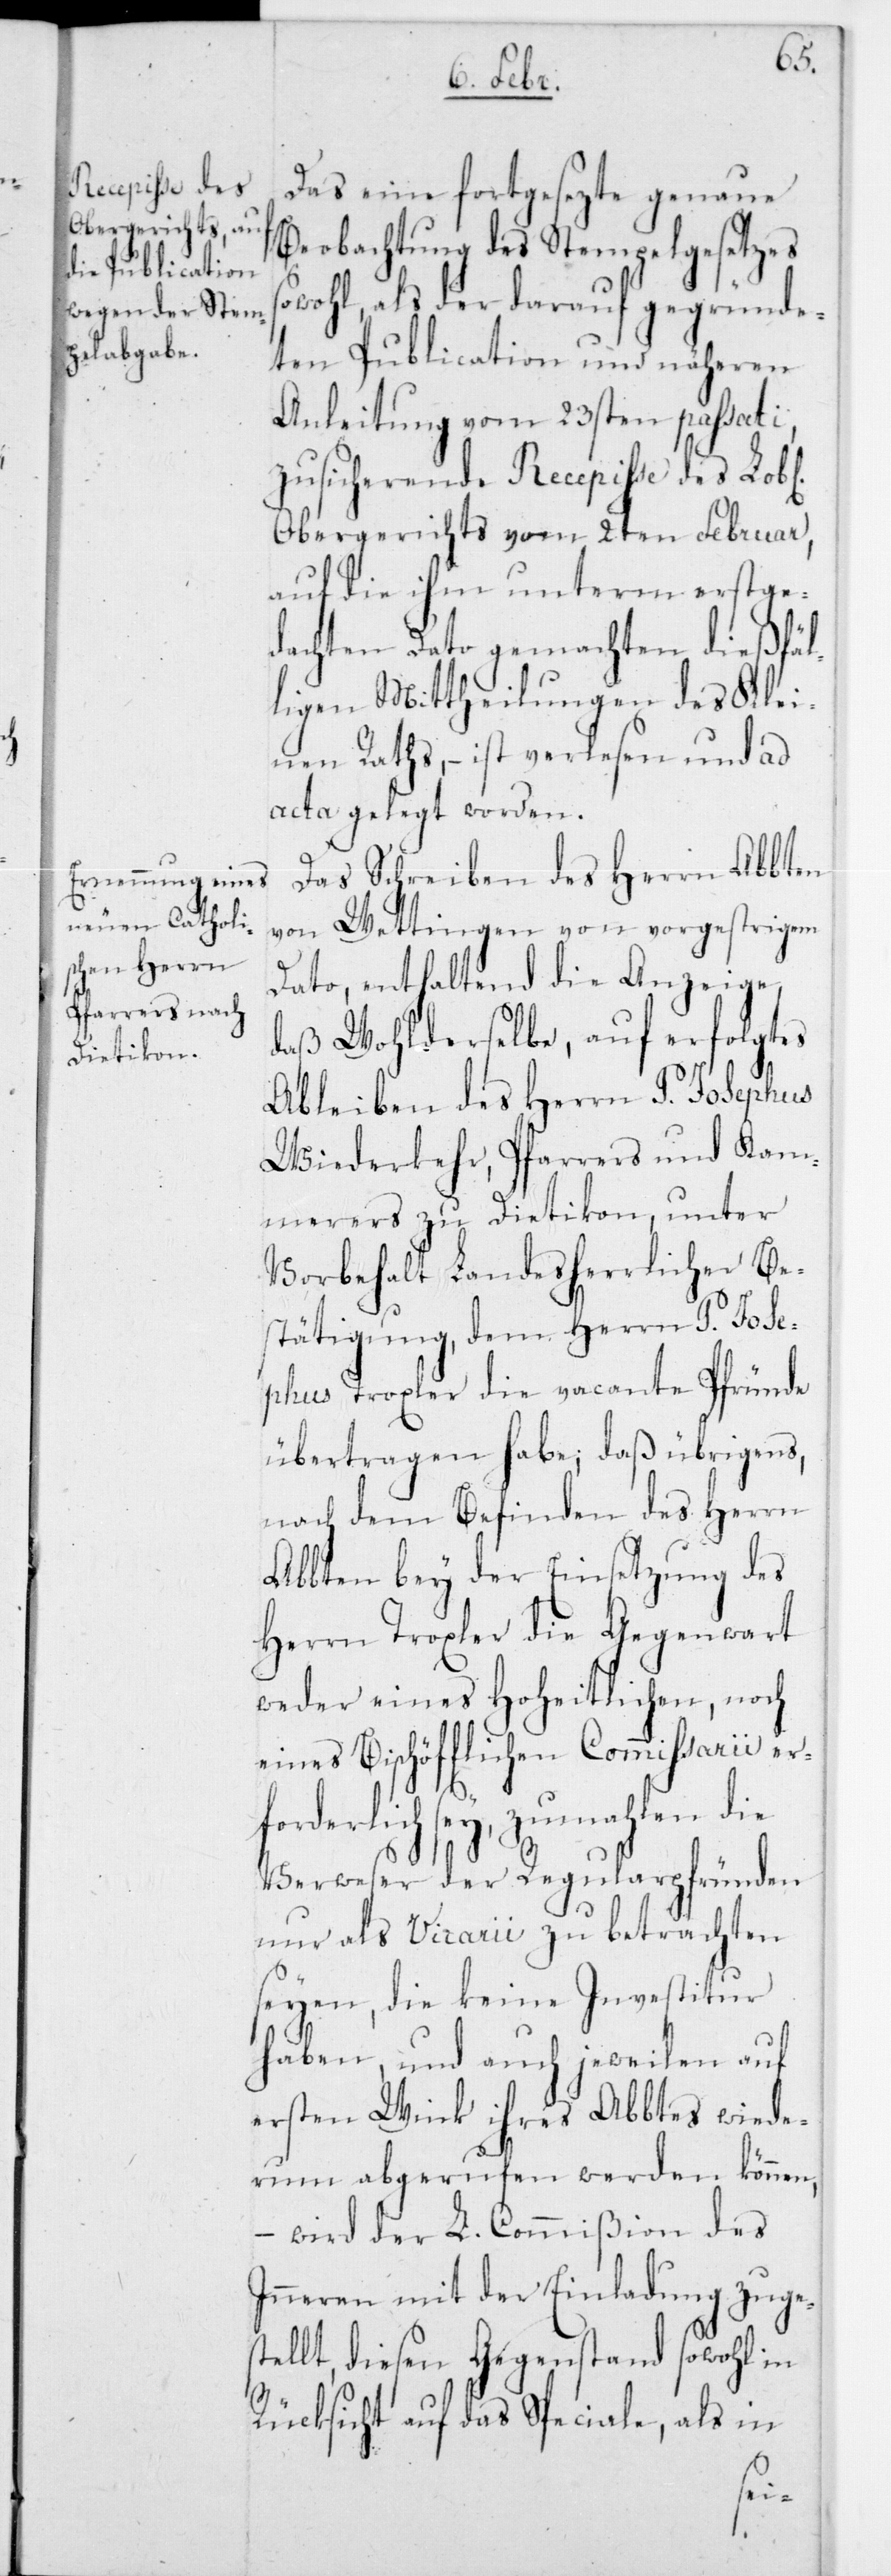
Das eine fortgesezte genaue
Beobachtung des Stempelgesetzes
wohl, als der darauf gegründe¬
ten Publication und näheren
Anleitung vom 23sten passati,
zusicherende Recepiße des Lobl.
Obergerichts vom 2ten Februar,
auf die ihm unterm erstge¬
dachten Dato gemachten dießfäl¬
ligen Mittheilungen des Klei¬
nen Raths, – ist verlesen und ad
acta gelegt worden.
Das Schreiben des Herrn Abbten
von Wettingen von vorgestrigem
Dato, enthaltend die Anzeige,
daß Wohlderselbe, auf erfolgtes
Ableben des Herrn P. Josephus
Wiederkehr, Pfarrers und Kam¬
merers zu Dietikon, unter
Vorbehalt Landesherrlicher Be¬
stätigung, dem Herrn P. Jose¬
phus Troxler die vacante Pfründe
übertragen habe; daß übrigens,
nach dem Befinden des Herrn
Abbten bey der Einsetzung des
Herrn Troxler die Gegenwart
weder eines Hoheitlichen, noch
eines Bischöfflichen Commissarii er¬
forderlich sey, zumahlen die
Verweser der Regularpfründen
nur als Vicarii zu betrachten
seyen, die keine Investitur
haben, und auch jeweilen auf
ersten Wink ihres Abbtes wiede¬
rum abgerufen werden können,
– wird der L. Commißion des
Innern mit der Einladung zuge¬
stellt, diesen Gegenstand sowohl in
Rücksicht auf das Speciale, als in
so¬